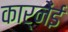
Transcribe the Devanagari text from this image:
कार्नेंई